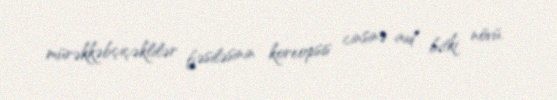
mürəkkəbçiçəklilər fəsiləsinin koreopsis cinsinə aid bitki növü.